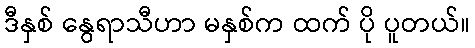
ဒီနှစ် နွေရာသီဟာ မနှစ်က ထက် ပို ပူတယ်။